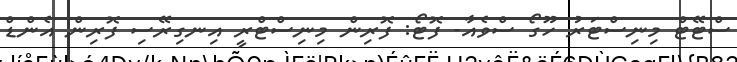
ސްޓޭޓް މިނިސްޓަރު ހޫގޯ ސްވެއާ- ފޮޓޯ: ފޮރިން މިނިސްޓްރީ އިނގިރޭސި ފޮރިން އެންޑް